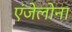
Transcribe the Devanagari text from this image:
एंजेलोना